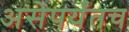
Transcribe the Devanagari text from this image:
असेपर्यंतच